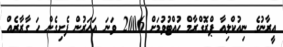
އީރާނުގެ ނިއުކްލިއާ ޕްރޮގްރާމް ހުއްޓުވުމަށް 2006 ވަނަ އަހަރުން ފެށިގެން ހަ ގާރާރެއް